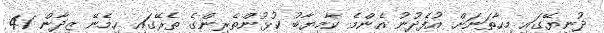
ދުނިޔޭގައި މިހާތަނަށް އުފެދުނު އެންމެ ކާމިޔާބު ކުޅުންތެރިންގެ ތެރޭގައި ހިމެނޭ ޒިދާން 41